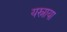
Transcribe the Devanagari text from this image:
यस्नाया